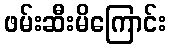
ဖမ်းဆီးမိကြောင်း